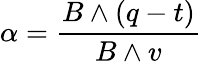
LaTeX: \alpha={\frac{B\wedge(q-t)}{B\wedge v}}